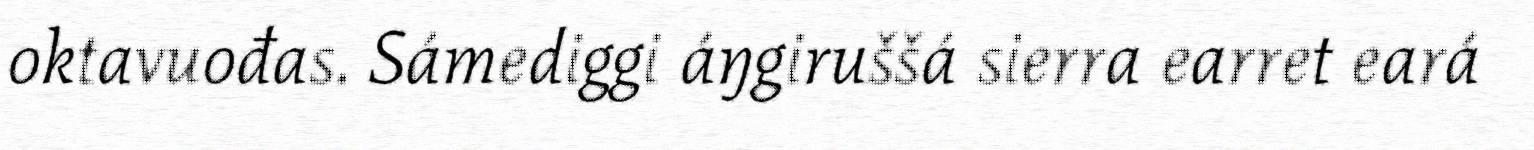
oktavuođas. Sámediggi áŋgiruššá sierra earret eará